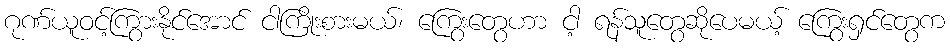
ဂုဏ်ယူဝင့်ကြွားနိုင်အောင် ငါကြိုးစားမယ်၊ ကြွေးတွေဟာ ငါ့ ရန်သူတွေဆိုပေမယ့် ကြွေးရှင်တွေက